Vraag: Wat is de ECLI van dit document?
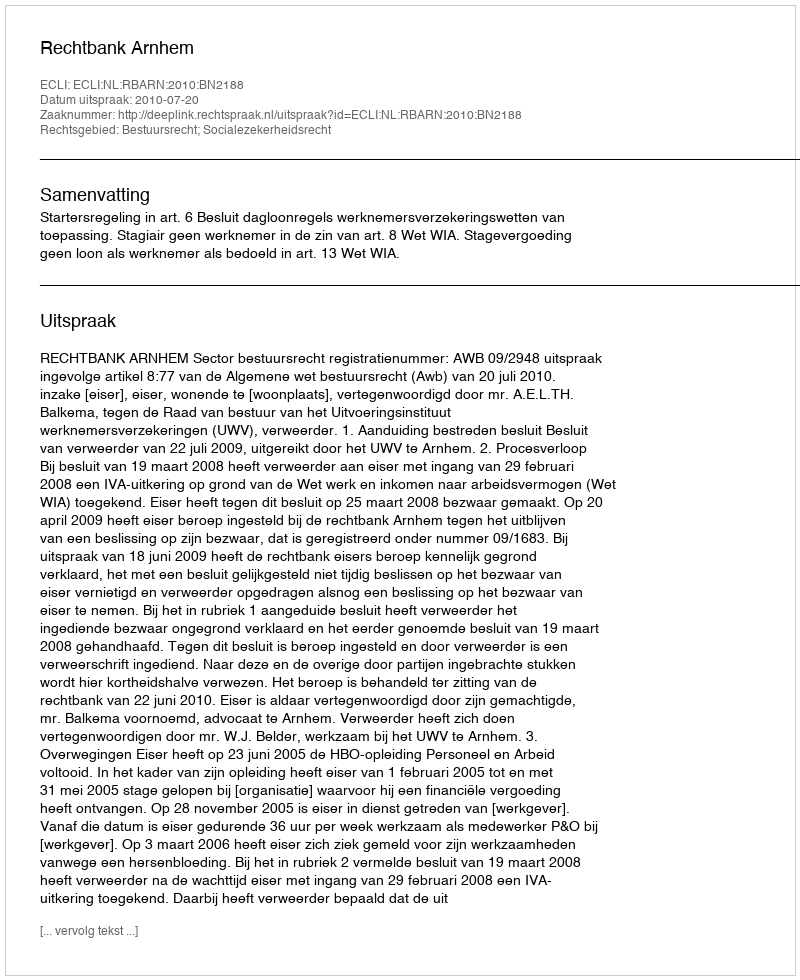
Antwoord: ECLI:NL:RBARN:2010:BN2188